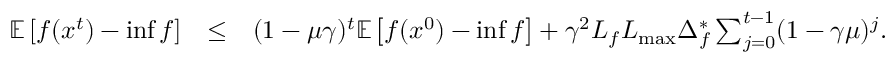
\begin{array} { r l r } { \mathbb { E } \left[ f ( x ^ { t } ) - \operatorname* { i n f } f \right] } & { \leq } & { ( 1 - \mu \gamma ) ^ { t } \mathbb { E } \left[ f ( x ^ { 0 } ) - \operatorname* { i n f } f \right] + \gamma ^ { 2 } L _ { f } L _ { \operatorname* { m a x } } \Delta _ { f } ^ { * } \sum _ { j = 0 } ^ { t - 1 } ( 1 - \gamma \mu ) ^ { j } . } \end{array}